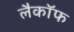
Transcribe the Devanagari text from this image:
लैकॉफ